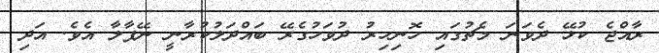
ރާއްޖެ ކުޅޭ ދެވަނަ މެޗުގައި ހޮނިހިރު ދުވަހުގެރޭ ބައްދަލުކުރާނީ ނޭޕާލާ އެވެ. އަދި